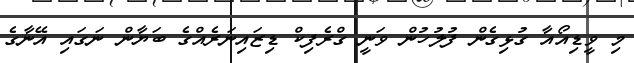
މި ވީޑިއޯއާ ގުޅިގެން ފުލުހުން ވަނީ ގްރެފިކް ޑިޒައިނަރެއްގެ ބަޔާން ނަގައި އޭނާގެ